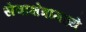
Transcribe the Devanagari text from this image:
सेवाक्षेत्रामध्ये